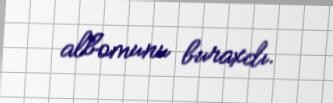
albomunu buraxdı.